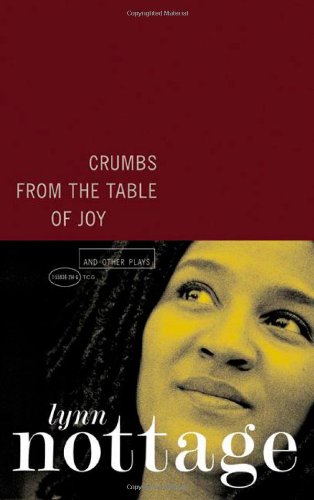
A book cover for Crumbs from the Table of Joy and Other Plays; Lynn Nottage; Literature & Fiction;